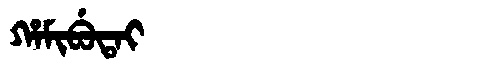
Manchu: ᡥᠠᠮᡳᠪᡠᡨᠠᡳ
Romanization: HAMIBUTAI